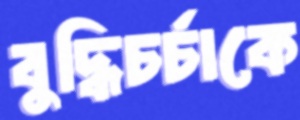
বুদ্ধিচর্চাকে